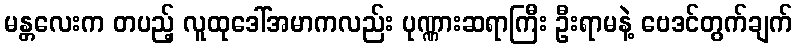
မန္တလေးက တပည့် လူထုဒေါ်အမာကလည်း ပုဏ္ဏားဆရာကြီး ဦးရာမနဲ့ ဗေဒင်တွက်ချက်